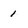
Character: 1